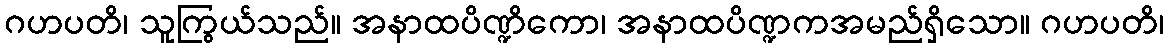
ဂဟပတိ၊ သူကြွယ်သည်။ အနာထပိဏ္ဍိကော၊ အနာထပိဏ္ဍကအမည်ရှိသော။ ဂဟပတိ၊